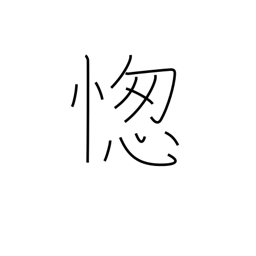
Meaning: foot race